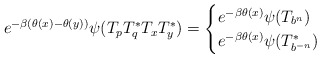
\begin{align*}e^{-\beta(\theta(x)-\theta(y))}\psi(T_pT_q^*T_xT_y^*) =\begin{cases}e^{-\beta\theta(x)} \psi(T_{b^n}) &\\e^{-\beta\theta(x)} \psi(T_{b^{-n}}^*) &\end{cases} \end{align*}